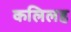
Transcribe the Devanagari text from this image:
कलिलह